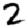
Digit: 2